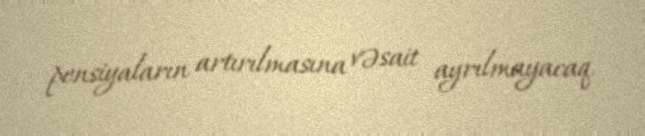
pensiyaların artırılmasına vəsait ayrılmayacaq.